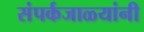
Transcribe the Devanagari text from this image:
संपर्कजाळ्यांनी